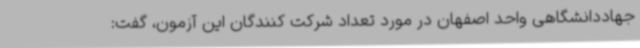
جهاددانشگاهی واحد اصفهان در مورد تعداد شرکت کنندگان این آزمون، گفت: